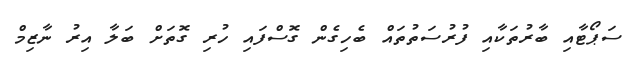
ސަޕޯޓާއި ބާރުތަކާއި ފުރުސަތުތައް ބެހިގެން ގޮސްފައި ހުރި ގޮތަށް ބަލާ އިރު ނާޒިމް